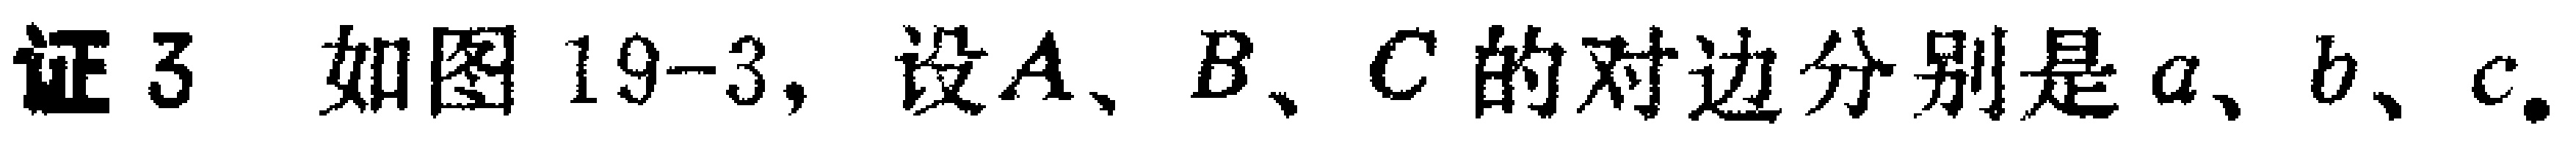
证3. 如图19-3, 设\(A\)、\(B\)、\(C\)的对边分别是\(a\)、\(b\)、\(c\).